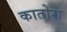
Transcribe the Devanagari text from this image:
कातोरा